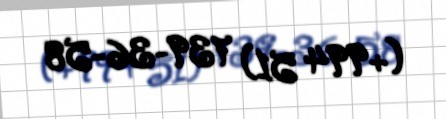
(+994 51) 739-36-58